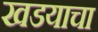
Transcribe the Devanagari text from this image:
खडयाचा